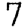
Digit: 7